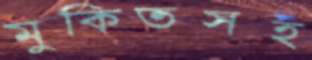
মুকিতসহ